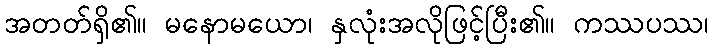
အတတ်ရှိ၏။ မနောမယော၊ နှလုံးအလိုဖြင့်ပြီး၏။ ကဿပဿ၊